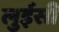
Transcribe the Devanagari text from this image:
लुईसी